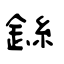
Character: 銯